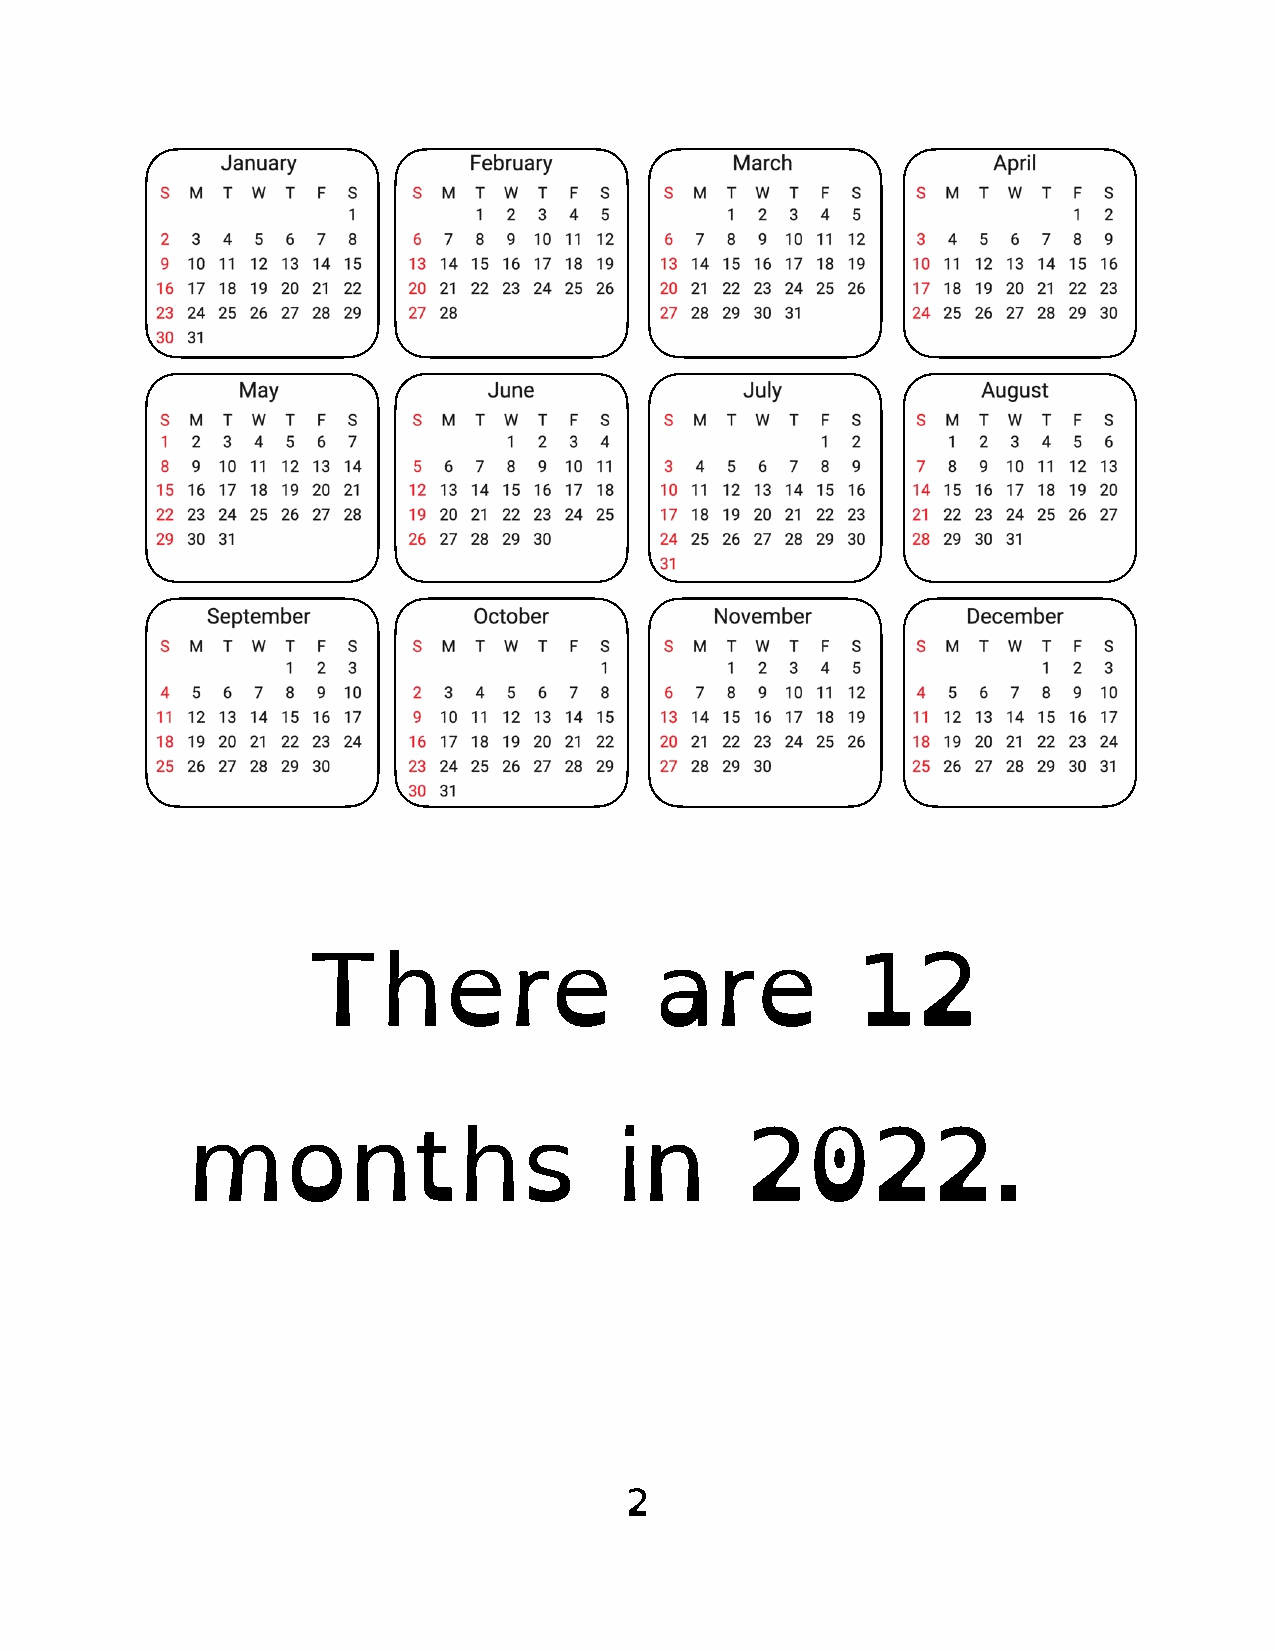
There                  are           12
 months                       in      2022.
 2